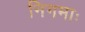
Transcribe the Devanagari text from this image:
निगमाः